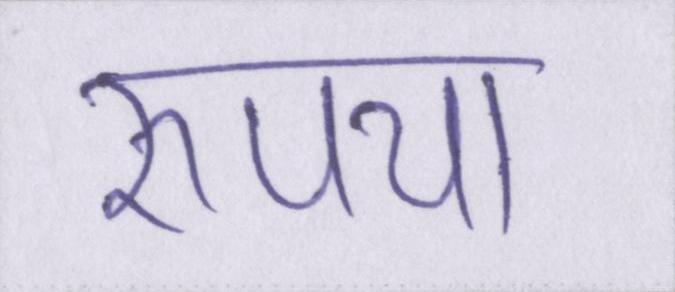
रुपया